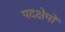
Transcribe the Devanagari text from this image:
पदक्षेपों